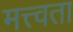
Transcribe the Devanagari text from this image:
मत्त्वता